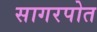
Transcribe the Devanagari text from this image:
सागरपोत